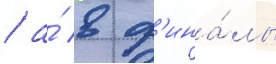
/ а́ в ф'ина́лы